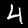
Digit: 4